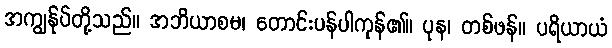
အကျွန်ုပ်တို့သည်။ အဘိယာစမ၊ တောင်းပန်ပါကုန်၏။ ပုန၊ တစ်ဖန်။ ပရိယာယံ